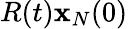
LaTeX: R(t){\mathbf x}_{N}(0)